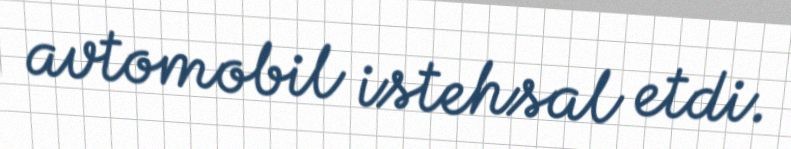
avtomobil istehsal etdi.